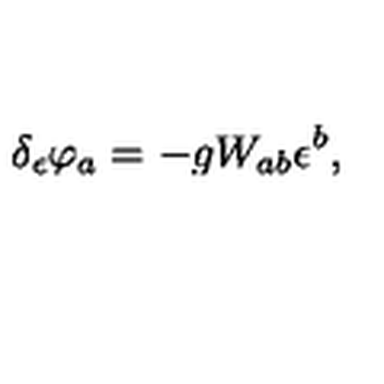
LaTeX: \delta _ { \epsilon } \varphi _ { a } = - g W _ { a b } \epsilon ^ { b } ,